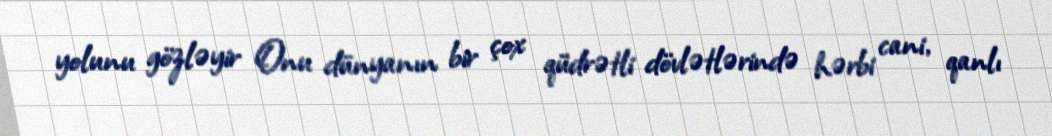
yolunu gözləyir Onu dünyanın bir çox qüdrətli dövlətlərində hərbi cani, qanlı